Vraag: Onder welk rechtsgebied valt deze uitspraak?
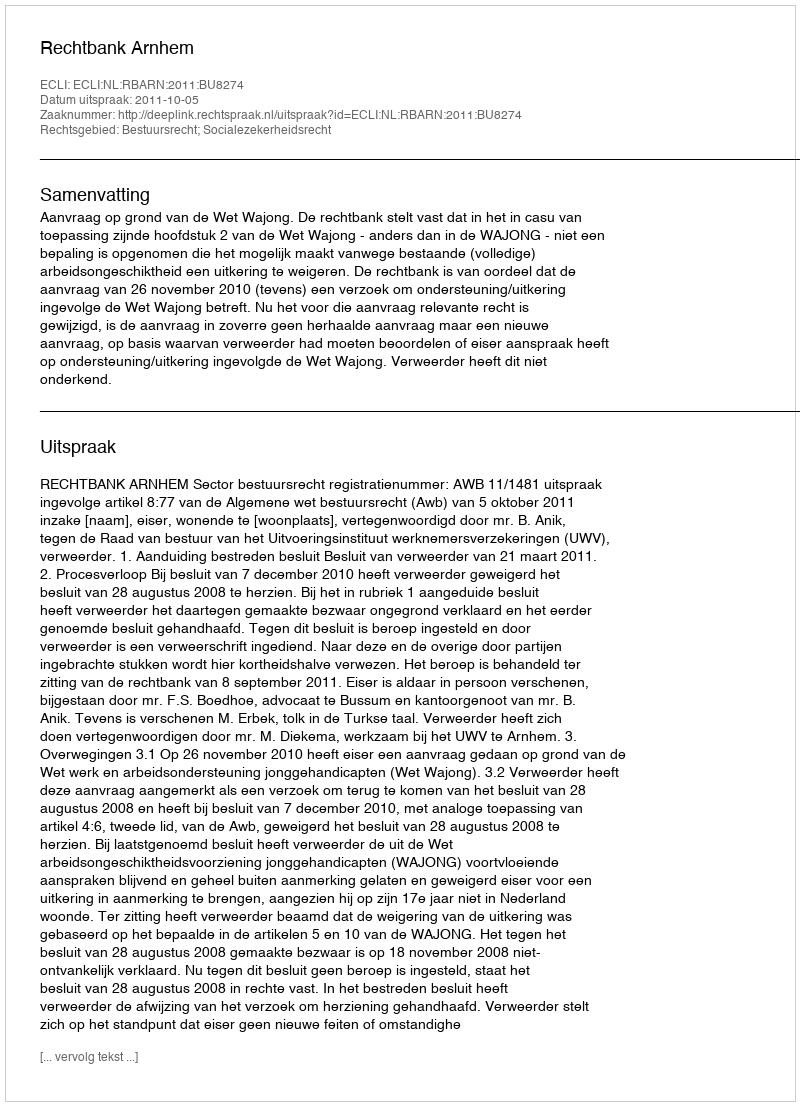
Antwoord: Bestuursrecht; Socialezekerheidsrecht